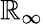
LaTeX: \mathbb{R}_{\infty}